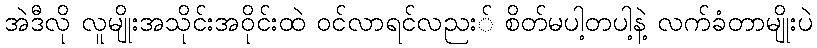
အဲဒီလို လူမျိုးအသိုင်းအဝိုင်းထဲ ဝင်လာရင်လညး် စိတ်မပါ့တပါ့နဲ့ လက်ခံတာမျိုးပဲ